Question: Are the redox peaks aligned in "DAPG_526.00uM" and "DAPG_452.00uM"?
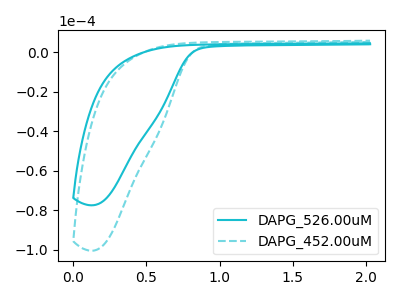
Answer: <think>The cyan curve "DAPG_526.00uM" has no peaks. The cyan dashed curve "DAPG_452.00uM" has no peaks.</think>
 <answer>Niether CV has any peaks.</answer>
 <eval>blanks</eval>